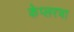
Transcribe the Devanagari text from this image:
केप्लरचा